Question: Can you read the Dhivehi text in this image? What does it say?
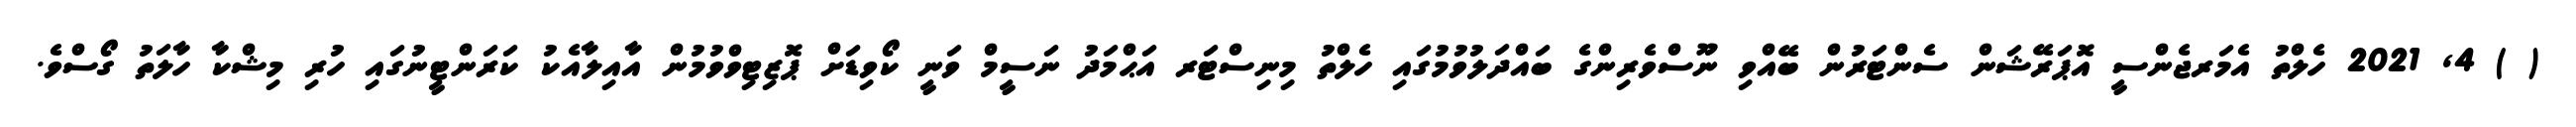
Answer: ( ) 4, 2021 ހެލްތު އެމަރޖެންސީ އޮޕަރޭޝަން ސެންޓަރުން ބޭއްވި ނޫސްވެރިންގެ ބައްދަލުވުމުގައި ހެލްތު މިނިސްޓަރ އަޙްމަދު ނަސީމް ވަނީ ކޯވިޑަށް ޕޮޒިޓިވްވުމުން އާއިލާއެކު ކަރަންޓީނުގައި ހުރި މިޝްކާ ހާލަތު ގޯސްވެ.